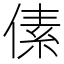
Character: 傃